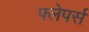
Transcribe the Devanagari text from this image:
फ्लेपर्स